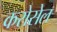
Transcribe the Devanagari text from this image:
करोसेल